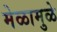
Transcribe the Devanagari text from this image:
मेळामुळे